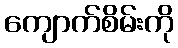
ကျောက်စိမ်းကို